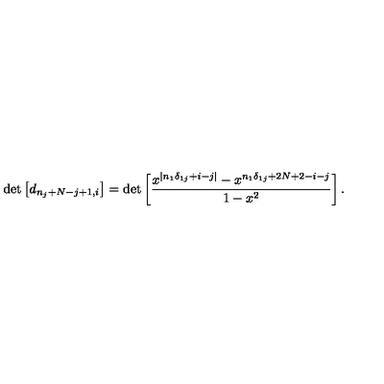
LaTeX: \det \left[ d _ { n _ { j } + N - j + 1 , i } \right] = \det \left[ \frac { x ^ { | n _ { 1 } \delta _ { 1 j } + i - j | } - x ^ { n _ { 1 } \delta _ { 1 j } + 2 N + 2 - i - j } } { 1 - x ^ { 2 } } \right] .